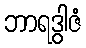
ဘာရဒွါဇံ